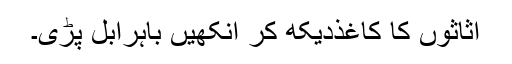
اثاثوں کا کاغذدیکھ کر آنکھیں باہراُبل پڑی۔